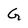
Character: G